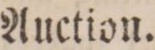
Auction.